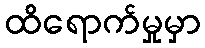
ထိရောက်မှုမှာ